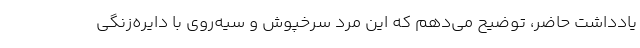
یادداشت حاضر، توضیح می‌دهم که این مرد سرخپوش و سیه‌روی با دایره‌زنگی